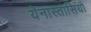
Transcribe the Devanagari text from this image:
येनास्तासियो